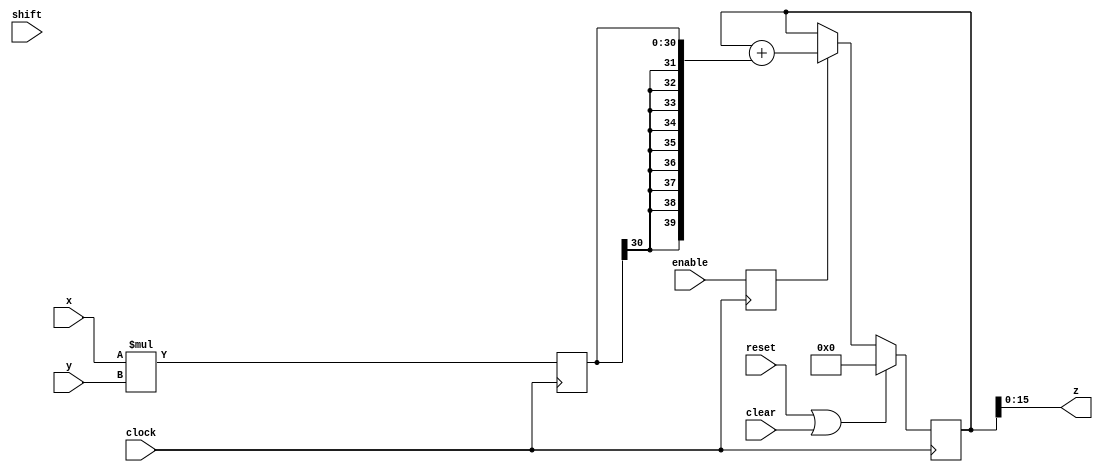
module mac_3 (input clock, input reset, input enable, input clear,
	    input signed [15:0] x, input signed [15:0] y,
	    input [7:0] shift, output [15:0] z );
   reg signed [30:0] product;
   reg signed [39:0] z_int;
   reg signed [15:0] z_shift;
   reg enable_d1;
   always @(posedge clock)
     enable_d1 <= #1 enable;
   always @(posedge clock)
     if(reset | clear)
       z_int <= #1 40'd0;
     else if(enable_d1)
       z_int <= #1 z_int + {{9{product[30]}},product};
   always @(posedge clock)
     product <= #1 x*y;
   always @*   
     case(shift)
       8'd6 : z_shift <= z_int[33:18];
       8'd7 : z_shift <= z_int[32:17];
       8'd8 : z_shift <= z_int[31:16];
       8'd9 : z_shift <= z_int[30:15];
       8'd10 : z_shift <= z_int[29:14];
       8'd11 : z_shift <= z_int[28:13];
       default : z_shift <= z_int[15:0];
     endcase 
   assign z = z_int[15:0];
endmodule